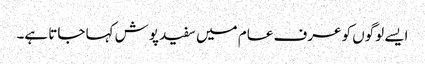
ایسے لوگوں کو عرف عام میں سفید پوش کہا جاتا ہے۔